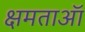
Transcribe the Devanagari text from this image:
क्षमताऑ